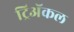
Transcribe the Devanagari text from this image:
ट्रिअॅकल